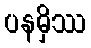
ပနမှိဿ